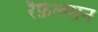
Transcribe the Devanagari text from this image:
रैफ़ेलसन